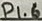
Text: P1.6